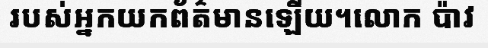
របស់អ្នកយកព័ត៌មានឡើយ។លោក ប៉ាវ